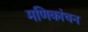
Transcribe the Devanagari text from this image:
मणिकांचन